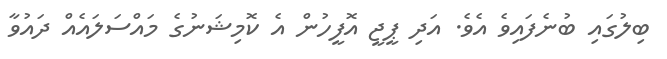
ބިލުގައި ބުނެފައިވެ އެވެ. އަދި ޕީޖީ އޮފީހުން އެ ކޮމިޝަނުގެ މައްސަލައެއް ދައުވާ